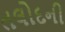
તલોદની